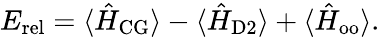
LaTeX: E_{\mathrm{rel}}=\langle\hat{H}_{\mathrm{CG}}\rangle-\langle\hat{H}_{\mathrm{D2}}\rangle+\langle\hat{H}_{\mathrm{oo}}\rangle.